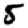
Digit: 5